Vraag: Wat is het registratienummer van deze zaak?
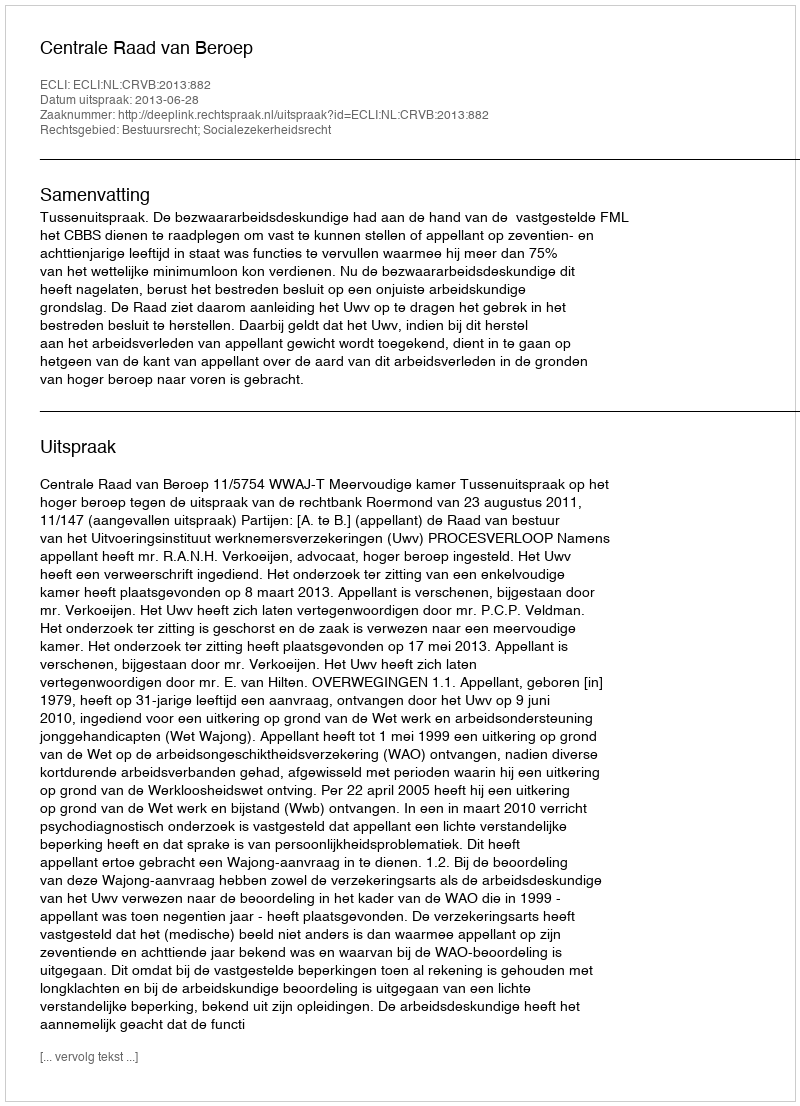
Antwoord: http://deeplink.rechtspraak.nl/uitspraak?id=ECLI:NL:CRVB:2013:882